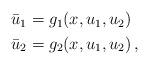
LaTeX: \begin{align*}\begin{aligned}\bar{u}_1&=g_1(x,u_1,u_2)\\\bar{u}_2&=g_2(x,u_1,u_2)\,,\end{aligned}\end{align*}